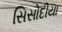
સિસોદીયા